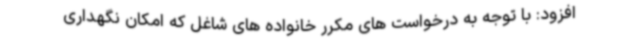
افزود: با توجه به درخواست های مکرر خانواده های شاغل که امکان نگهداری